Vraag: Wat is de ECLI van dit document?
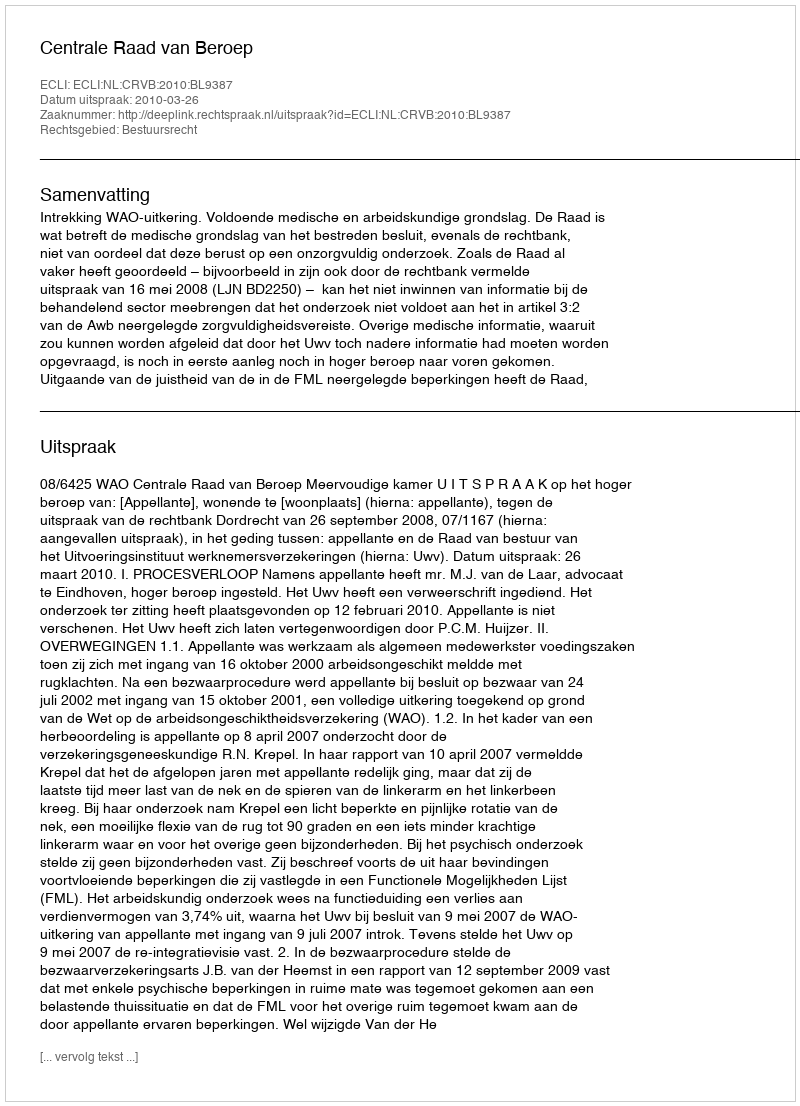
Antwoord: ECLI:NL:CRVB:2010:BL9387